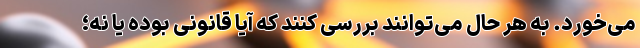
می‌خورد. به هر حال می‌توانند بررسی کنند که آیا قانونی بوده یا نه؛